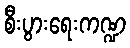
စီးပွားရေးကဏ္ဍ